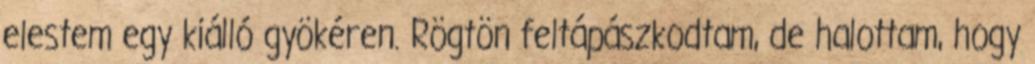
elestem egy kiálló gyökéren. Rögtön feltápászkodtam, de halottam, hogy